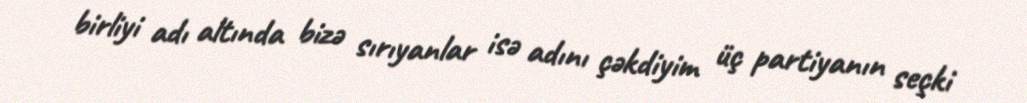
birliyi adı altında bizə sırıyanlar isə adını çəkdiyim üç partiyanın seçki